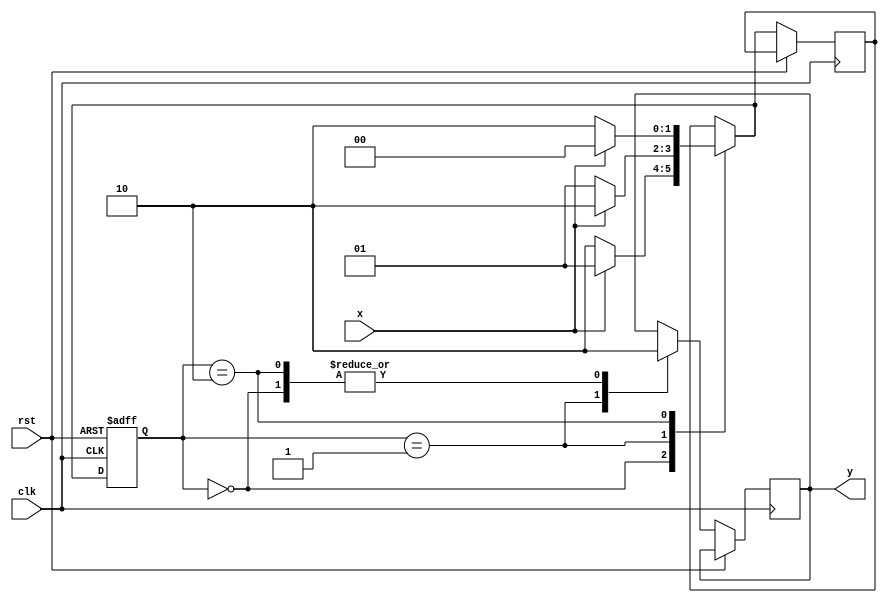
module moore_3(
    input x,clk,rst,
    output reg y
    );
reg [1:0]p_s,n_s;
	parameter W =2'b00;
	parameter X =2'b01;
	parameter Y= 2'b10;
	
	always @(posedge clk,posedge rst)
  
  begin
	
	if(rst) begin
	p_s=W; end
	else begin
	
	case (p_s)
   W:begin 
	y<=1'b0;
	if(x==1)
	n_s=X;
	else
	n_s=Y;
	end
	
	X:begin 
	y<=1'b1;
	if(x==1)
	n_s=Y;
	else
	n_s=X;
	end
	
	Y:begin 
	y<=1'b0;
	if(x==1)
	n_s=W;
	else
	n_s=Y;
	end
	
	endcase
	p_s=n_s;
	
	end
	
	end
	
endmodule